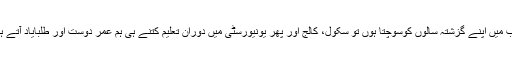
جب میں اپنے گزشتہ سالوں کوسوچتا ہوں تو سکول، کالج اور پھر یونیورسٹی میں دوران تعلیم کتنے ہی ہم عمر دوست اور طلبایاد آتے ہیں۔